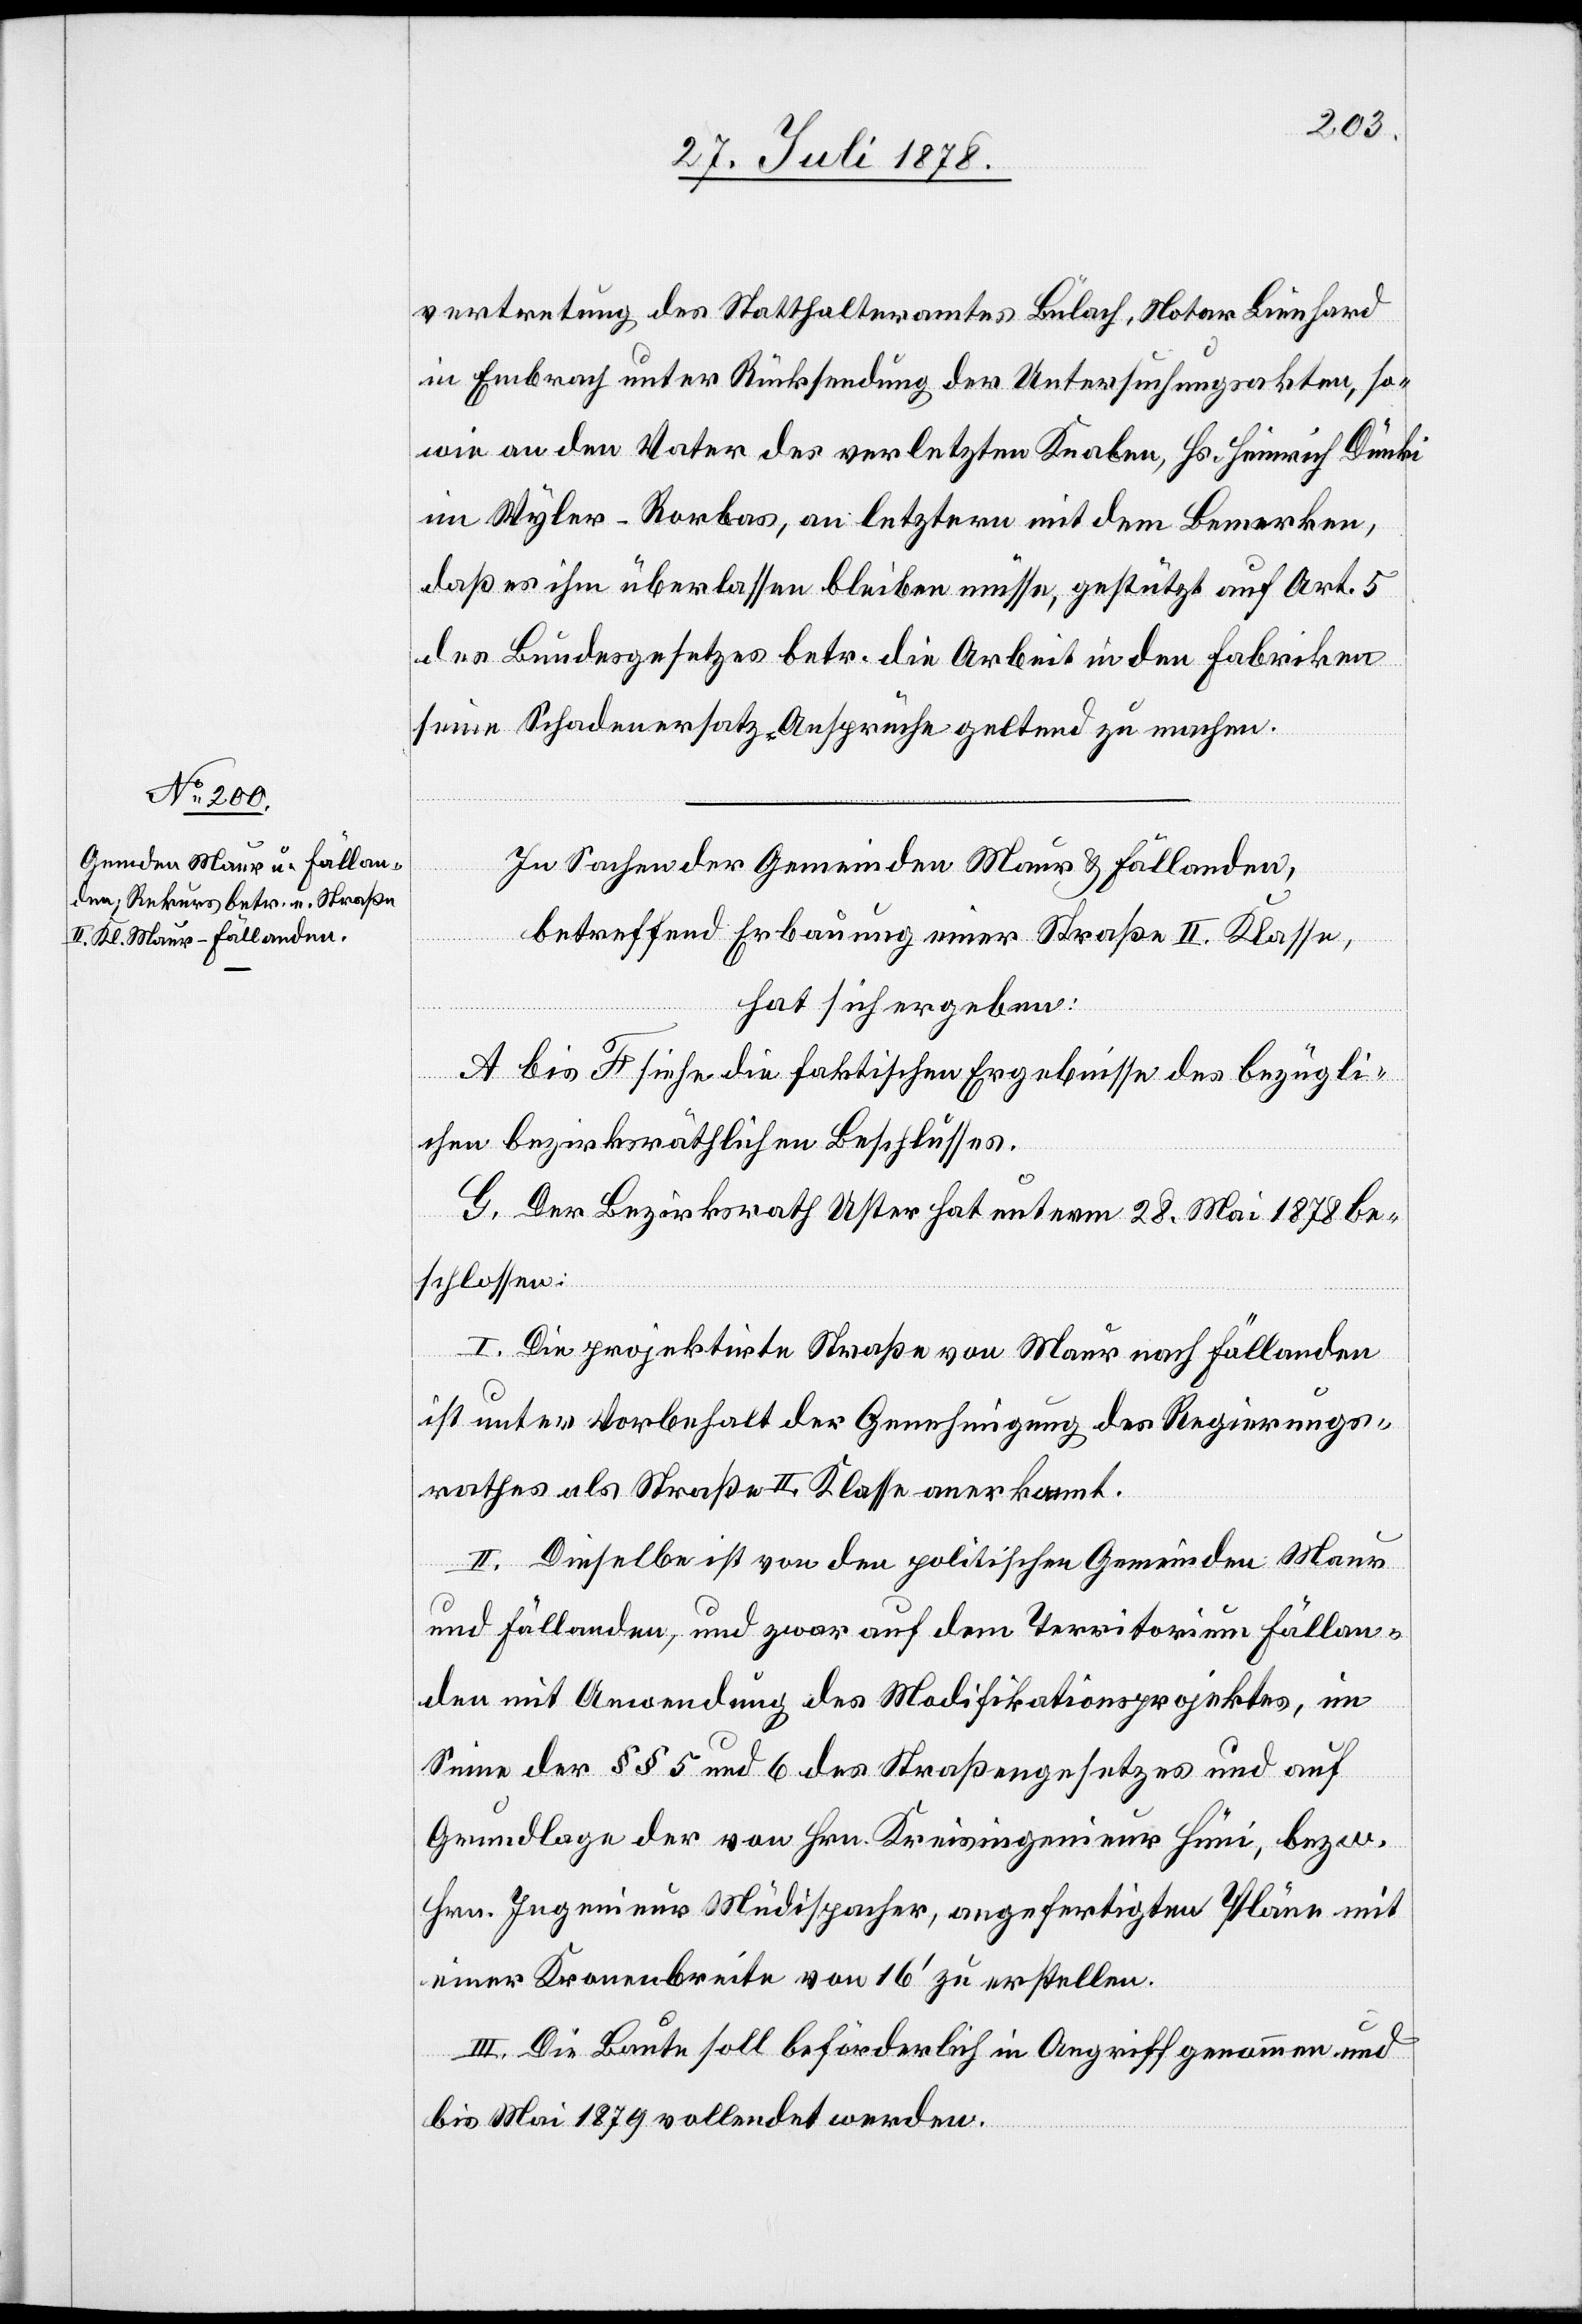
vertretung des Statthalteramtes Bülach, Notar Lienhard
in Embrach unter Rücksendung der Untersuchungsakten, so¬
wie an den Vater des verletzten Knaben, Hs. Heinrich Dünki
im Wyler - Rorbas, an letztern mit dem Bemerken,
daß es ihm überlassen bleiben müsse, gestützt auf Art. 5
des Bundesgesetzes betr. die Arbeit in den Fabriken
seine Schadenersatz-Ansprüche geltend zu machen.
In Sachen der Gemeinden Maur & Fällanden,
betreffend Erbauung einer Straße II. Klasse,
hat sich ergeben:
A bis F siehe die faktischen Ergebnisse des bezügli¬
chen bezirksräthlichen Beschlusses.
G. Der Bezirksrath Uster hat unterm 28. Mai 1878 be¬
schlossen:
I. Die projektirte Straße von Maur nach Fällanden
ist unter Vorbehalt der Genehmigung des Regierungs¬
rathes als Straße II. Klasse anerkannt.
II. Dieselbe ist von den politischen Gemeinden Maur
und Fällanden, und zwar auf dem Territorium Fällan¬
den mit Anwendung des Modifikationsprojektes, im
Sinne der §§ 5 und 6 des Straßengesetzes und auf
Grundlage der von Hrn. Kreisingenieur Hüni, bezw.
Hrn. Ingenieur Müdispacher, angefertigten Pläne mit
einer Kronenbreite von 16’ zu erstellen.
III. Die Baute soll beförderlich in Angriff genommen und
bis Mai 1879 vollendet werden.